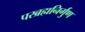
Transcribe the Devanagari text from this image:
परब्रह्मनिर्गुण